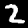
Digit: 2